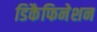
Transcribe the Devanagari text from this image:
डिकैफिनेशन